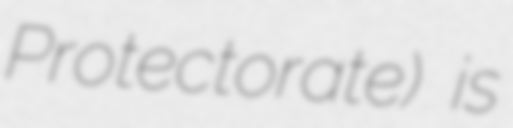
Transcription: Protectorate) is